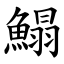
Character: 鰨